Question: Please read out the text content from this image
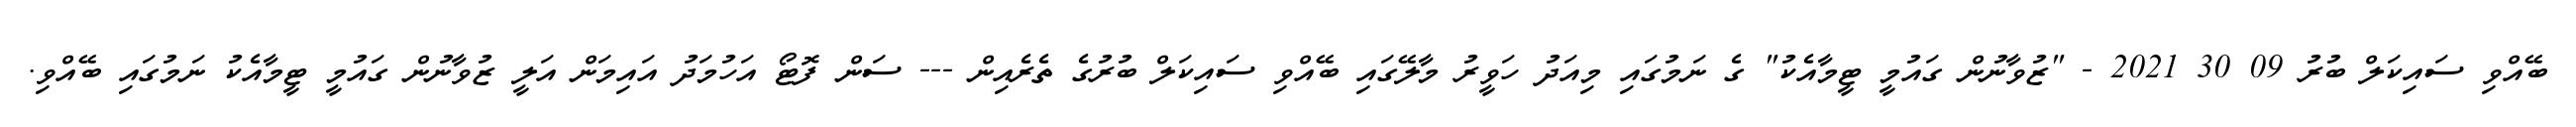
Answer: ބޭއްވި ސައިކަލް ބުރު 09 30 2021 - "ޒުވާނުން ގައުމީ ޓީމާއެކު" ގެ ނަމުގައި މިއަދު ހަވީރު މާލޭގައި ބޭއްވި ސައިކަލް ބުރުގެ ތެރެއިން --- ސަން ފޮޓޯ އަހުމަދު އައިމަން އަލީ ޒުވާނުން ގައުމީ ޓީމާއެކު ނަމުގައި ބޭއްވި.